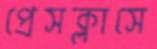
প্রেসক্লাসে